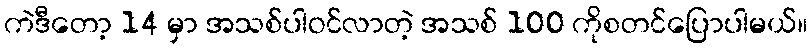
ကဲဒီတော့ 14 မှာ အသစ်ပါဝင်လာတဲ့ အသစ် 100 ကိုစတင်ပြောပါမယ်။